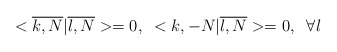
\begin{align*}<\overline{k,N}|\overline{l,N}>=0,\;\;<k,-N|\overline{l,N}>=0, \;\;\forall l\end{align*}